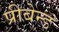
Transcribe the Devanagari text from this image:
प्रीबेन्ड